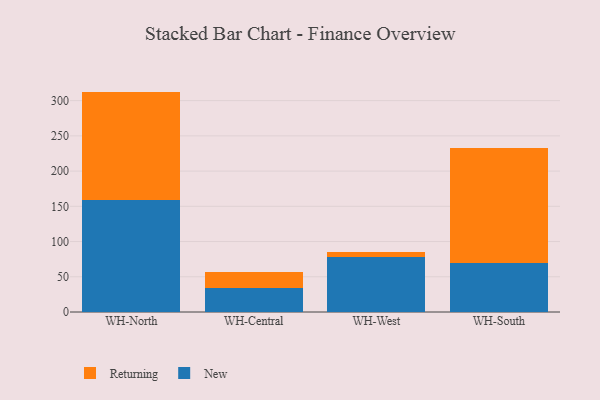
{"axis": {"x": "Warehouse", "y": "Waste Production (Tons)"}, "legend": ["New", "Returning"], "data": [{"x": "WH-North", "y": 159.2, "type": "New"}, {"x": "WH-North", "y": 153.6, "type": "Returning"}, {"x": "WH-Central", "y": 33.7, "type": "New"}, {"x": "WH-Central", "y": 23.1, "type": "Returning"}, {"x": "WH-West", "y": 78.6, "type": "New"}, {"x": "WH-West", "y": 6.3, "type": "Returning"}, {"x": "WH-South", "y": 69.1, "type": "New"}, {"x": "WH-South", "y": 163.7, "type": "Returning"}]}